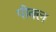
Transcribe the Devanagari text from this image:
पीक्ल